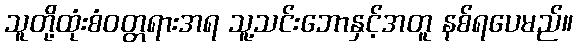
သူတို့ထုံးစံဝတ္တရားအရ သူ့သင်းဘောနှင့်အတူ နစ်ရပေမည်။